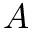
A